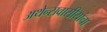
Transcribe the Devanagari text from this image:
अथेन्सवासीयांचा